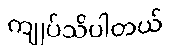
ကျုပ်သိပါတယ်